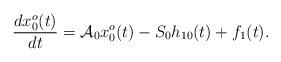
LaTeX: \begin{align*} \frac{dx_{0}^{o}(t)}{dt}={\mathcal{A}}_{0}x_{0}^{o}(t)-S_{0}h_{10}(t)+f_{1}(t).\end{align*}